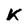
Character: k